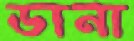
ডানা